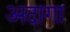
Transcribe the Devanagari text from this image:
अदागा